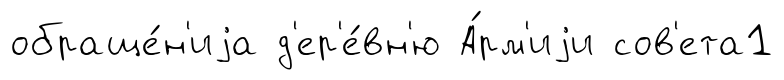
обраще́н'иjа д'ер'е́вн'ю А́рм'иjи сов'ета1